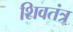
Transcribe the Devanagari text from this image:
शिवतंत्र